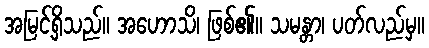
အမြင့်ရှိသည်။ အဟောသိ၊ ဖြစ်၏။ သမန္တာ၊ ပတ်လည်မှ။